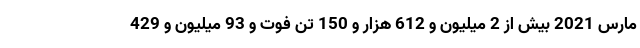
مارس 2021 بیش از 2 میلیون و 612 هزار و 150 تن فوت و 93 میلیون و 429